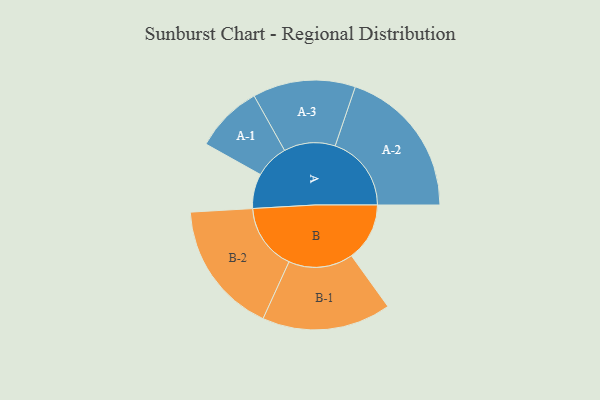
{"axis": {"x": "Segment", "y": "Value"}, "legend": ["", "A", "B"], "data": [{"x": "A", "y": 119, "type": ""}, {"x": "B", "y": 199, "type": ""}, {"x": "A-1", "y": 116, "type": "A"}, {"x": "A-2", "y": 261, "type": "A"}, {"x": "A-3", "y": 176, "type": "A"}, {"x": "B-1", "y": 221, "type": "B"}, {"x": "B-2", "y": 228, "type": "B"}]}